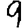
Digit: 9